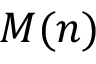
M ( n )